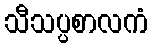
သီသပ္ပစာလကံ